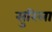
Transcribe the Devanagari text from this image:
सुरिला